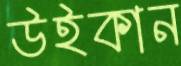
উইকান